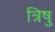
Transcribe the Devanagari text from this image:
त्रिषु